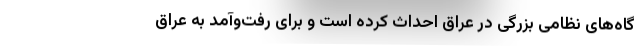
گاه‌های نظامی بزرگی در عراق احداث کرده است و برای رفت‌وآمد به عراق